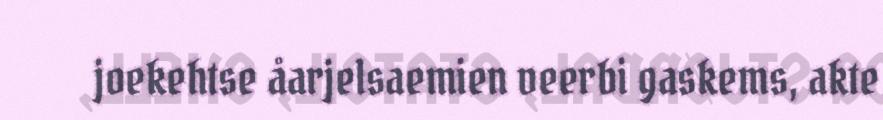
joekehtse åarjelsaemien veerbi gaskems, akte